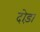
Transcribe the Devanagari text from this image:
दोड़ा